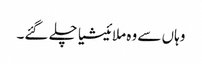
وہاں سے وہ ملائیشیا چلے گئے۔